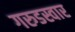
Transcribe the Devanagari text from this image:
गरुडस्वार